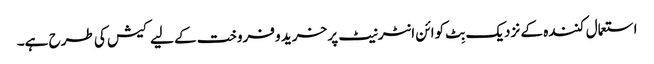
استعمال کنندہ کے نزدیک بِٹ کوائن انٹرنیٹ پر خرید و فروخت کے لیے کیش کی طرح ہے۔